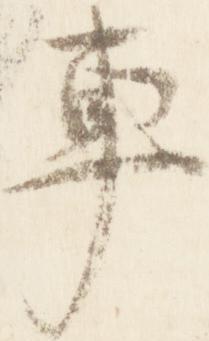
車